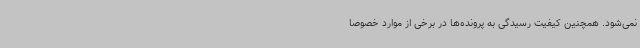
نمی‌شود. همچنین کیفیت رسیدگی به پرونده‌ها در برخی از موارد خصوصاً